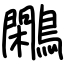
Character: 鷴